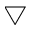
\bigtriangledown